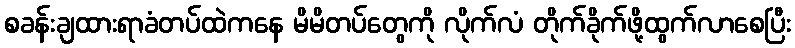
စခန်းချထားရာခံတပ်ထဲကနေ မိမိတပ်တွေကို လိုက်လံ တိုက်ခိုက်ဖို့ထွက်လာစေပြီး